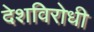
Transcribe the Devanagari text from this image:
देशविरोधी